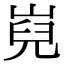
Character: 𡸢